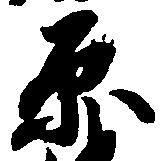
原